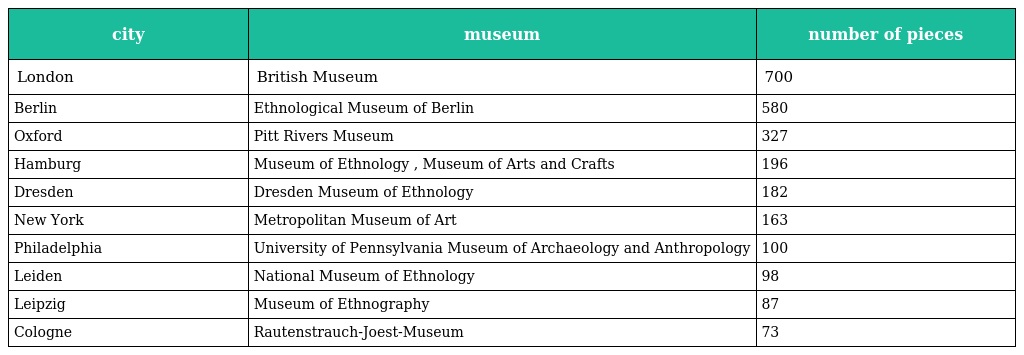
| city | museum | number of pieces |
 | --- | --- | --- |
 | London | British Museum | 700 |
 | Berlin | Ethnological Museum of Berlin | 580 |
 | Oxford | Pitt Rivers Museum | 327 |
 | Hamburg | Museum of Ethnology , Museum of Arts and Crafts | 196 |
 | Dresden | Dresden Museum of Ethnology | 182 |
 | New York | Metropolitan Museum of Art | 163 |
 | Philadelphia | University of Pennsylvania Museum of Archaeology and Anthropology | 100 |
 | Leiden | National Museum of Ethnology | 98 |
 | Leipzig | Museum of Ethnography | 87 |
 | Cologne | Rautenstrauch-Joest-Museum | 73 |